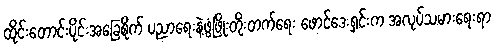
ထိုင်းတောင်းပိုင်းအခြေစိုက် ပညာရေးနဲ့ဖွံဖြိုးတိုးတက်ရေး ဖောင်ဒေးရှင်းက အလုပ်သမားရေးရာ